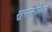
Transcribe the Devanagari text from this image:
सुपननोवा